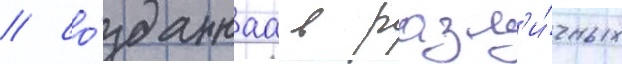
/ со́зданнаа в разл'и́чных